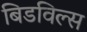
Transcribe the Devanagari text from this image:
बिडविल्स